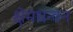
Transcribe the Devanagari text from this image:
क्षेमधन्वन